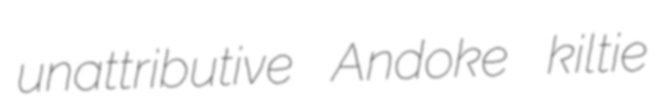
unattributive Andoke kiltie